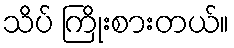
သိပ် ကြိုးစားတယ်။